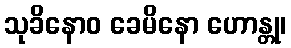
သုခိနောဝ ခေမိနော ဟောန္တု၊